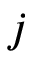
j